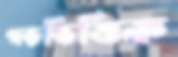
গড়ভিত্তিক